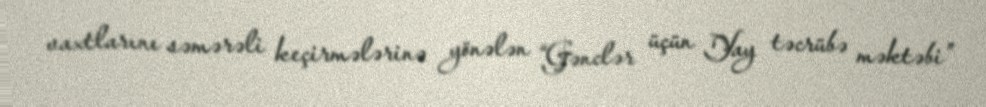
vaxtlarını səmərəli keçirmələrinə yönələn “Gənclər üçün Yay təcrübə məktəbi”